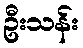
ဦးသန်း